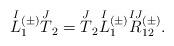
LaTeX: \begin{align*}\overset{I}{L}\,\!^{(\pm)}_1 \overset{J}{T}_2 = \overset{J}{T}_2 \overset{I}{L}\,\!^{(\pm)}_1 \overset{IJ}{R}\,\!^{(\pm)}_{12}.\end{align*}